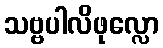
သဗ္ဗပါလိဖုလ္လော